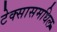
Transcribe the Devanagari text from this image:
टेक्सासमधिल